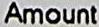
AMOUNT